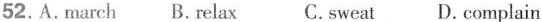
52.A.march B.relax C. sweat D. complain